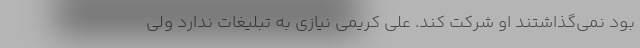
بود نمی‌گذاشتند او شرکت کند. علی کریمی نیازی به تبلیغات ندارد ولی